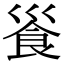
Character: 𩚓